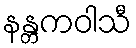
နန္တကဝါသီ